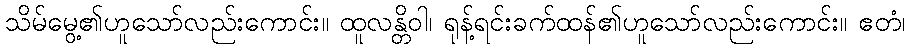
သိမ်မွေ့၏ဟူသော်လည်းကောင်း။ ထူလန္တိဝါ၊ ရုန့်ရင်းခက်ထန်၏ဟူသော်လည်းကောင်း။ ဧတံ၊